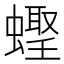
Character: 𬠪